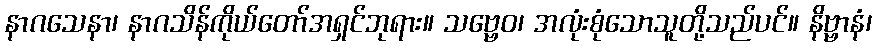
နာဂသေနာ၊ နာဂသိန်ကိုယ်တော်အရှင်ဘုရား။ သဗ္ဗေဝ၊ အလုံးစုံသောသူတို့သည်ပင်။ နိဗ္ဗာနံ၊